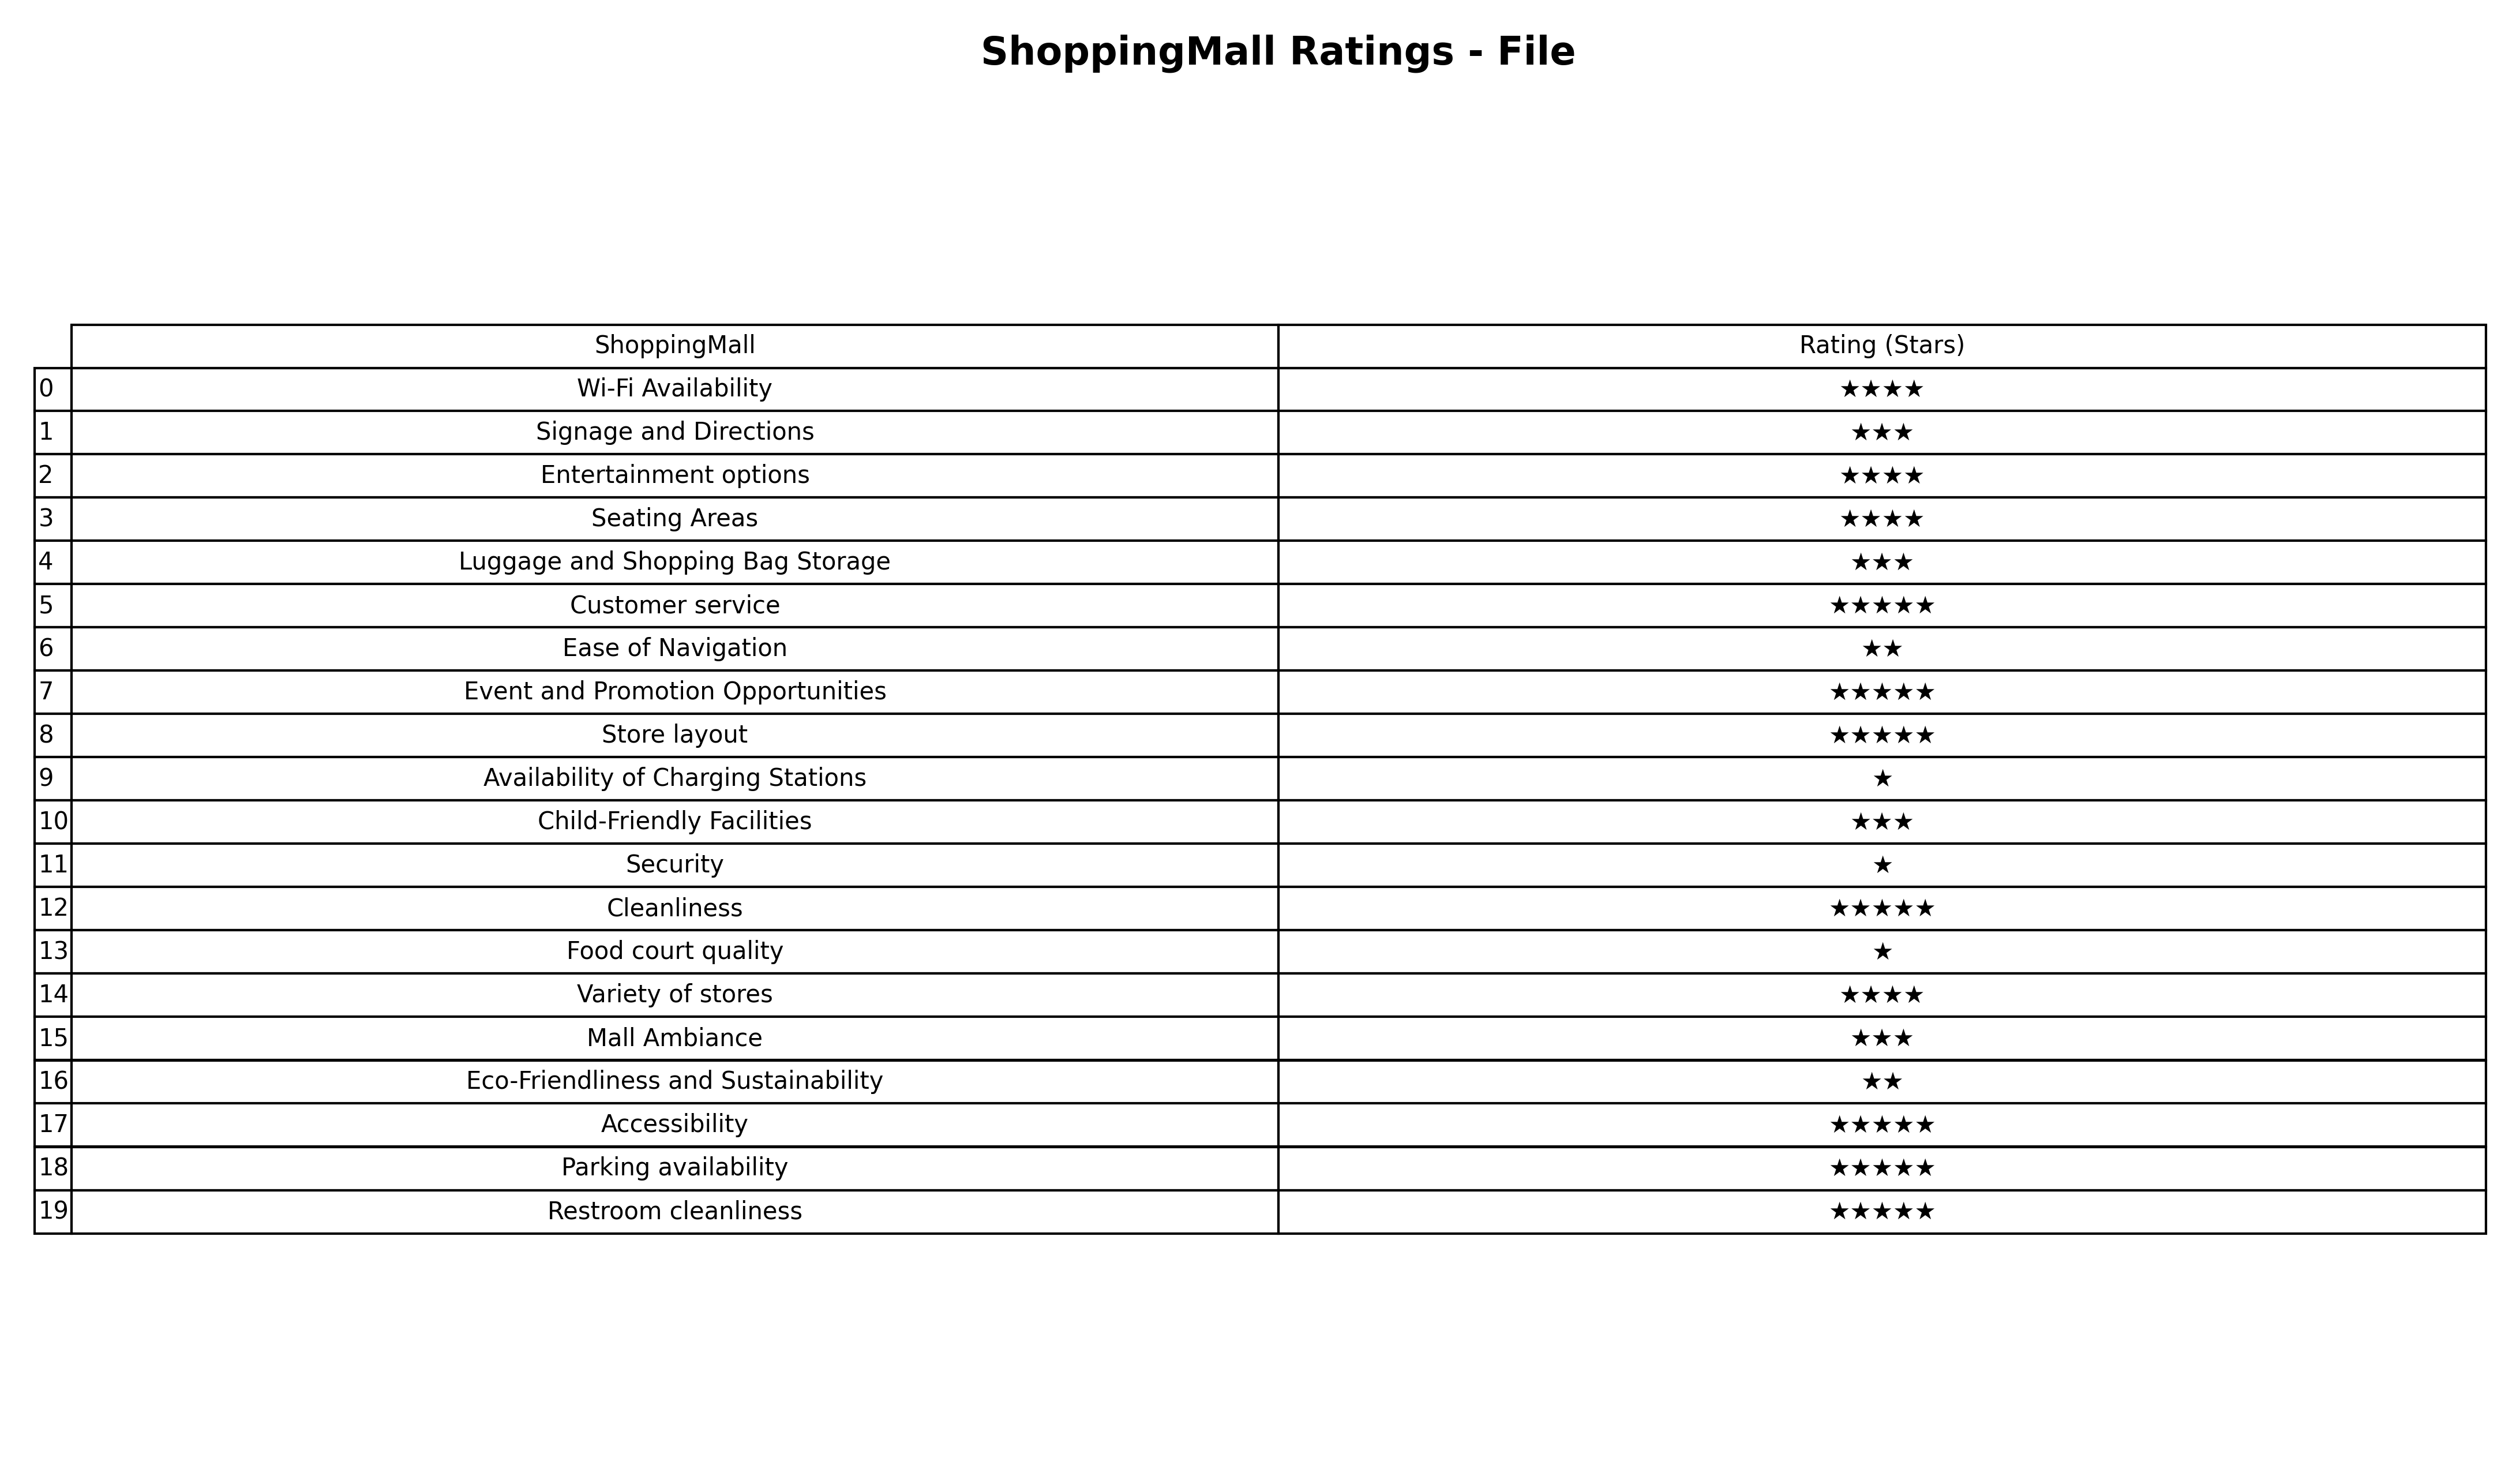
question: What is the rating of Food court quality?
answer: ★